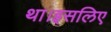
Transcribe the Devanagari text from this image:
था।इसलिए